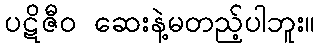
ပဋိဇီဝ ဆေးနဲ့မတည့်ပါဘူး။